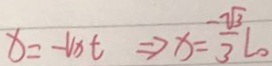
x = - v _ { x } t \Rightarrow x = \frac { - \sqrt { 3 } } { 3 } l _ { 0 }